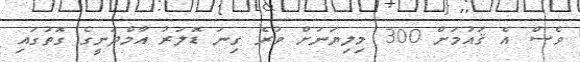
ވެސް އެ ޤައުމަށް 300 މިލިޔަނަށް ވުރެ ގިނަ ޑޮލަރު އާމްދަނީގެ ގޮތުގައި